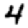
Digit: 4